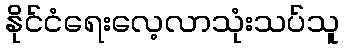
နိုင်ငံရေးလေ့လာသုံးသပ်သူ